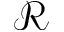
\mathcal { R }